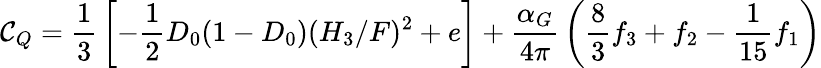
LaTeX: \mathcal{C}_{Q}={\frac{{1}}{{3}}}\left[-{\frac{{1}}{{2}}}D_{0}(1-D_{0})(H_{3}/F)^{2}+e\right]+{\frac{{\alpha_{G}}}{{4\pi}}}\left({\frac{{8}}{{3}}}f_{3}+f_{2}-{\frac{{1}}{{15}}}f_{1}\right)